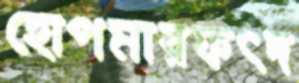
হোপমারফত্দ